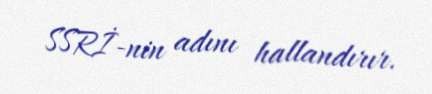
SSRİ-nin adını hallandırır.